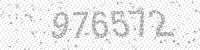
Solution: 976572